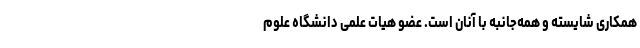
همکاری شایسته و همه‌جانبه با آنان است. عضو هیات علمی دانشگاه علوم